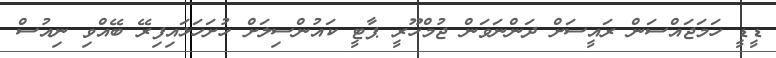
ޑީޑީ ހަމަޖައްސަން ރައީސަށް ދަންނަވަން ޖުމްހޫރީ ޕާޓީ ކައުންސިލަށް ހުށަހަޅައިފިރޭ ބޭއްވި ނިއުސް